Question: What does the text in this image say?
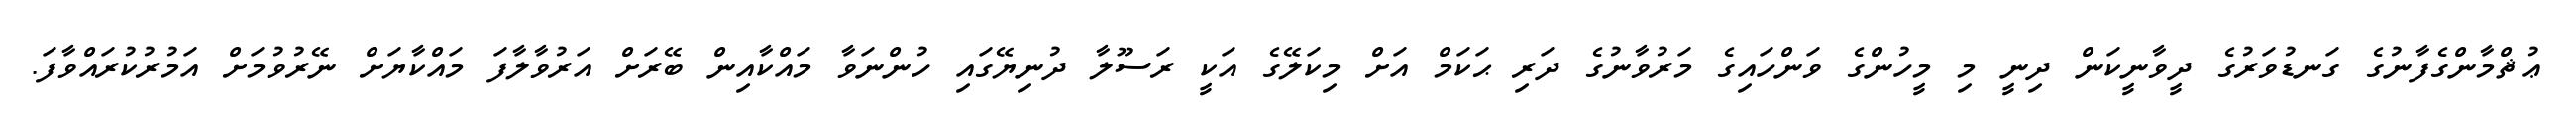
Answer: ޢުޘްމާންގެފާނުގެ ގަނޑުވަރުގެ ދީވާނީކަން ދިނީ މި މީހުންގެ ވަންހައިގެ މަރުވާނުގެ ދަރި ޙަކަމް އަށް މިކަލޭގެ އަކީ ރަސޫލާ ދުނިޔޭގައި ހުންނަވާ މައްކާއިން ބޭރަށް އަރުވާލާފަ މައްކާޔަށް ނޭރުވުމަށް އަމުރުކުރައްވާފަ.